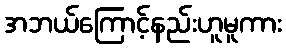
အဘယ်ကြောင့်နည်းဟူမူကား